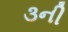
૩ની